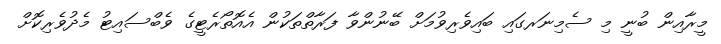
މީރާއިން ބުނީ މި ސެމިނަރގައި ބައިވެރިވުމަށް ބޭނުންވާ ފަރާތްތަކުން އެއޮތޯރެޓީގެ ވެބްސައިޓު މެދުވެރިކޮށް